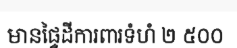
មានផ្ទៃដីការពារទំហំ ២ ៥០០